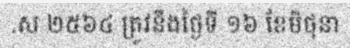
.ស ២៥៦៤ ត្រូវនឹងថ្ងៃទី ១៦ ខែមិថុនា